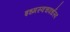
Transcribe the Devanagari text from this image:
इध्मस्वचवर्धस्व